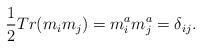
LaTeX: \begin{align*}\frac 12Tr(m_im_j)=m_i^am_j^a=\delta _{ij}.\end{align*}